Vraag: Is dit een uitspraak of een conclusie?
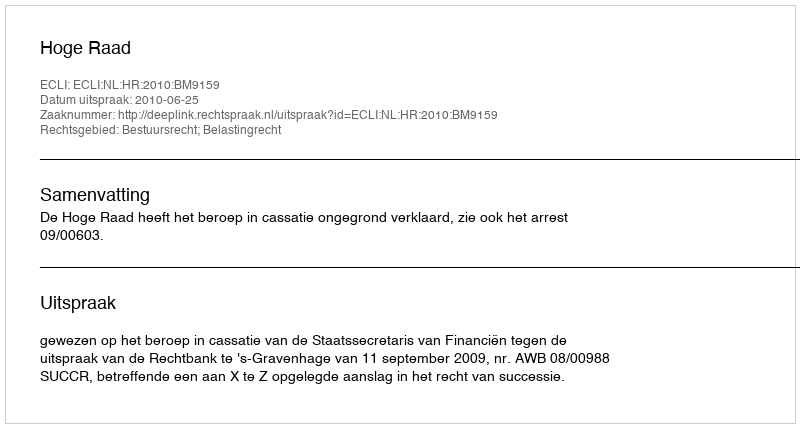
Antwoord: Uitspraak